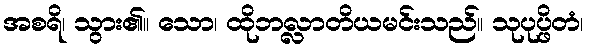
အစရိ၊ သွား၏။ သော၊ ထိုဘလ္လာတိယမင်းသည်။ သုပုပ္ဖိတံ၊